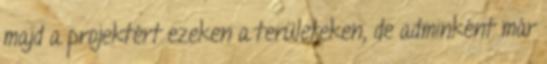
majd a projektért ezeken a területeken, de adminként már